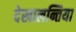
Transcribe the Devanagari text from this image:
देखालन्तिया